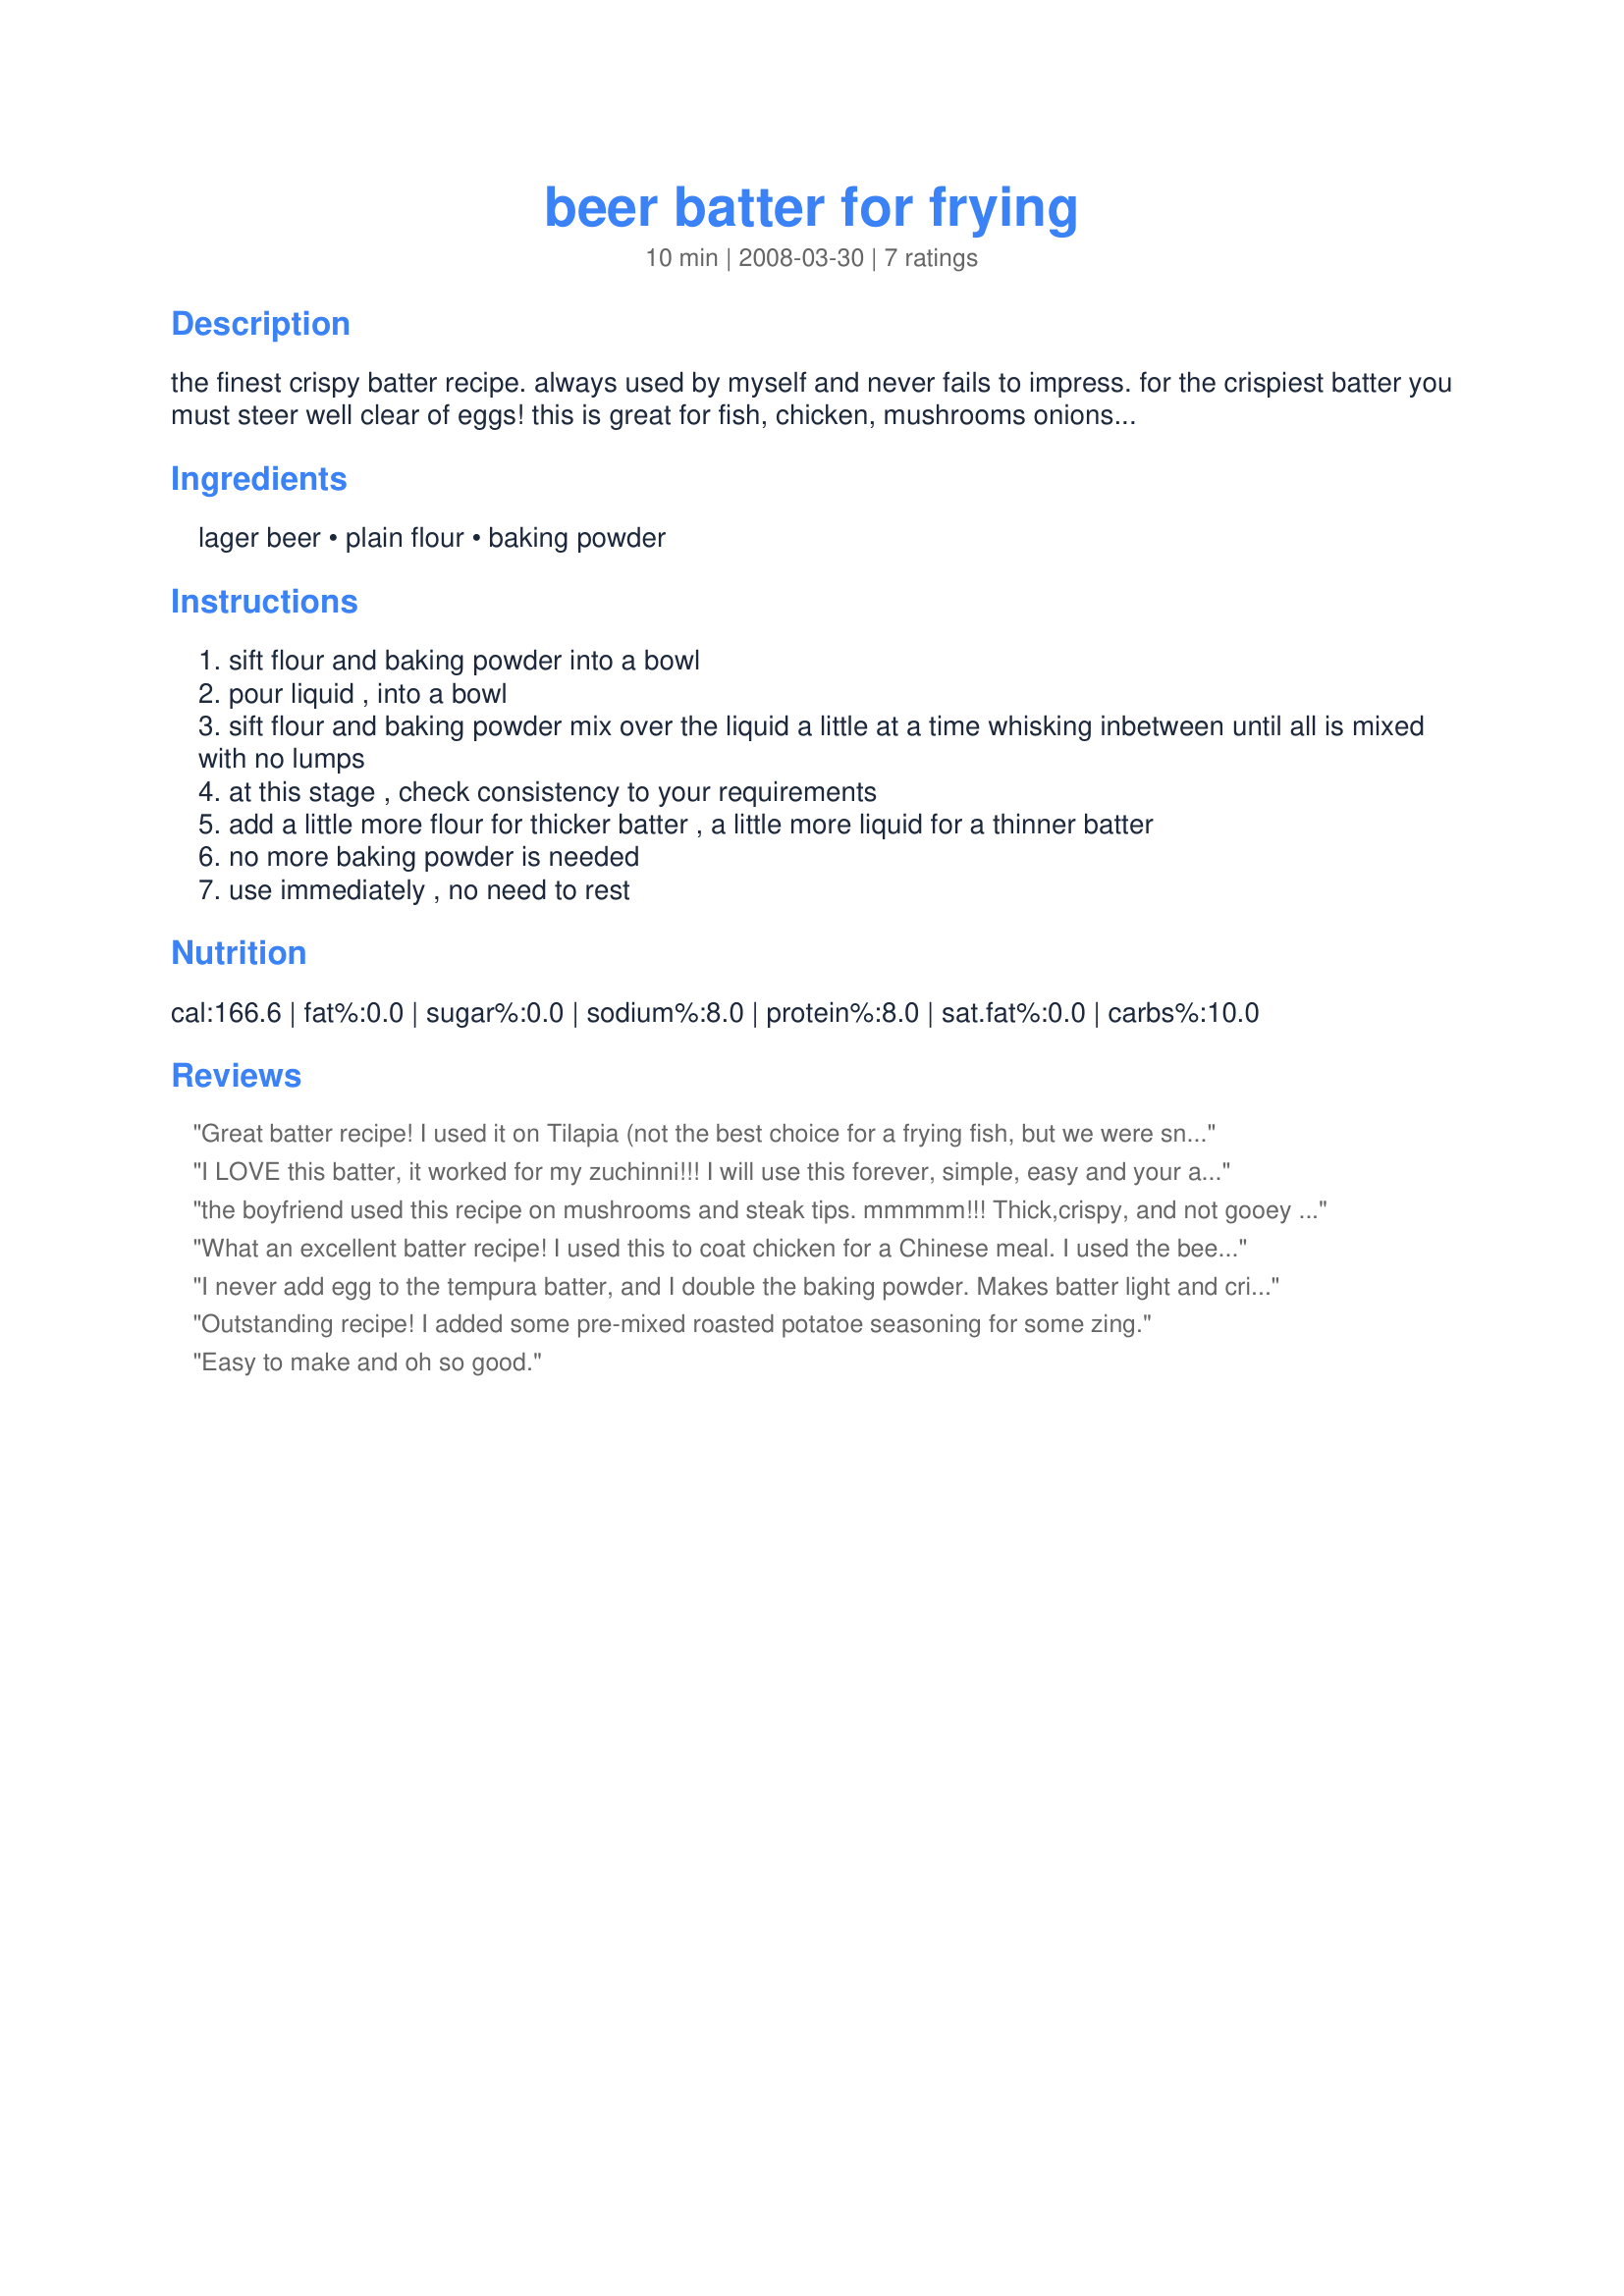
beer batter for frying
Preparation time: 10 minutes

the finest crispy batter recipe. always used by myself and never fails to impress. for the crispiest batter you must steer well clear of eggs!

this is great for fish, chicken, mushrooms onions etc.

good baatter consistency: dip your finger into batter. it should not run off the finger but drip off after around 5secs.

Ingredients:
lager beer, plain flour, baking powder

Steps:
sift flour and baking powder into a bowl
pour liquid , into a bowl
sift flour and baking powder mix over the liquid a little at a time whisking inbetween until all is mixed with no lumps
at this stage , check consistency to your requirements
add a little more flour for thicker batter , a little more liquid for a thinner batter
no more baking powder is needed
use immediately , no need to rest

Reviews:
Great batter recipe! I used it on Tilapia (not the best choice for a frying fish, but we were snowbound and it was in the freezer). It turned out very light and crispy the first time on the fish, so much so that I did it again the next day for onion rings! Thanks for sharing!
I LOVE this batter, it worked for my zuchinni!!! I will use this forever, simple, easy and your able to add. thanks so much!!
the boyfriend used this recipe on mushrooms and steak tips. mmmmm!!! Thick,crispy, and not gooey and ALSO IS STILL GOOD leftover!! had em in the fridge for a few days and were almost as good as when we made them, and i have NEVER said that about anything battered! Thanks for our new go-to batter recipe!! OUTSTANDING!!!
What an excellent batter recipe! I used this to coat chicken for a Chinese meal. I used the beer option and liked that you can use this immediately. I will certainly use this recipe again. Thanks so much for posting!!!
I never add egg to the tempura batter, and I double the baking powder. Makes batter light and crispy, and ALWAYS fry in peanut oil, which has a high smoking point, and is actually very healthy for your heart and circulation (look it up). It can sometimes be reused with a filtering through paper towels. Vegetable and canola oil are bad because of the process they use to retrieve the oil from seeds.
Outstanding recipe! I added some pre-mixed roasted potatoe seasoning for some zing.
Easy to make and oh so good.
